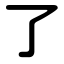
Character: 了